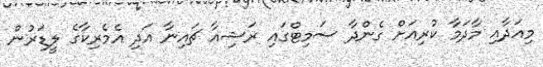
މިއަދާއި މާދަމާ ކުރިއަށް ގެންދާ ސަމިޓްގައި ރަޝިއާ ޗައިނާ އަދި އެމެރިކާގެ ލީޑަރުން